Report on lock hospitals in British Burma
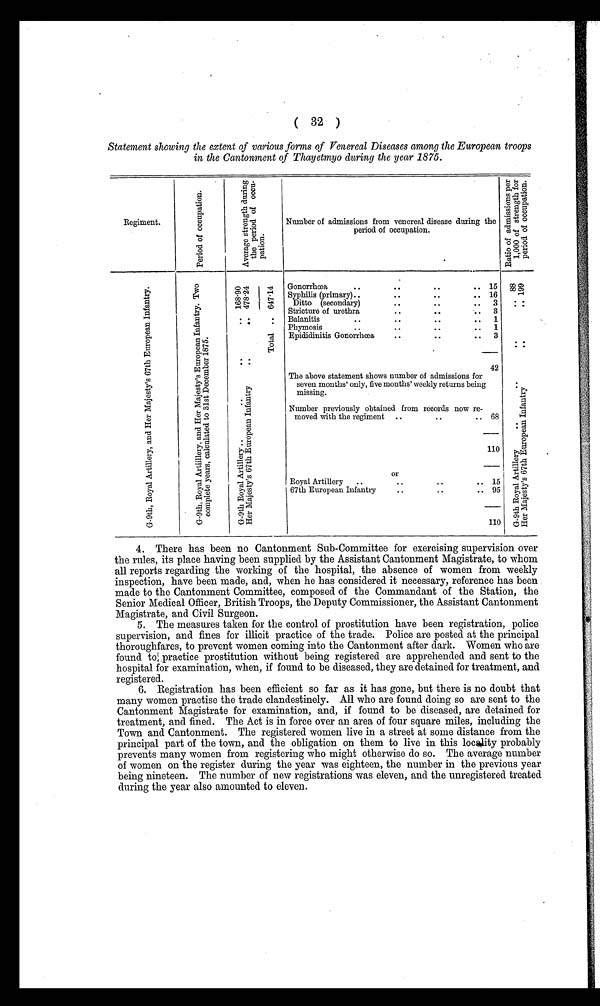
( 32 )
Statement showing the extent of various forms of Venereal Diseases among the European troops
in the Cantonment of Thayetmyo during the year 1875.
Regiment.
P e r i i o d o f o c c u p a t i o n .
A v e r a g e s t r o n g t h d u r i n g t h e p e r i o d o f o c c u - p a t i o n .
Number of admissions from venereal disease during the
period of occupation.
R a t i o o f a d m i s s i o n s p e r 1 , 0 0 0 o f s t r e n g t h f o r p e r i o d o f o c c u p a t i o n .
G - 9 t h , R o y a l A r t i l l e y , a n d H e r M a j e s t y ' s 6 7 t h E u r o p e a n I n f a n t r y . G - 9 t h , R o y a l A r t i i l l e y , a n d H e r M a j e s t y ' s E u r o p e a n I n f a n t r y . T w o c o m p l e t e y e a r s , c a l c u l a t e d t o 3 1 s t D e c e m b e r 1 8 7 5 .
Gonorrhœa
..
. .
. .
.. 15
G - 9 t h R o y a l A r i t l l e r y . . . . . . . . 8 8
H e r M a j e s t y ' s 6 7 t h E u r o p e a n I n f a n t y . . 1 9 9
Syphilis (primary) ..
...
. . .
.. 16
Ditto (secondary)
..
. . .
.. 3
Stricture ure of urethra
. .
. .
.. 3
Balanitis
..
. .
. .
.. 1
Phymosis
..
. .
. . ..
1
Epididinitis Gonorrhœa
..
..
.. 3
G - 9 t h R o y a l A r t i l l e y . . . . . . . . 1 6 8 . 9 0
H e r M a j e s t y ' s 6 7 t h E u r o p e a n I n f a n t r y . . . . . . 4 7 8 . 2 4 T o t a l . . 6 4 7 . 1 4
42
The above statement shows number of admissions for
seven months' only, five months' weekly returns being
missing.
Number previously obtained from records now re-
moved with the regiment ..
..
.. 68
110
Royal Artillery
.
67th European Infantry
o r
..
. .
..
. .
15 9 5
110
4. There has been no Cantonment Sub-Committee for exercising supervision over
the rules, its place having been supplied by the Assistant Cantonment Magistrate, to whom
all reports regarding the working of the hospital, the absence of women from weekly
inspection, have been made, and, when he has considered it necessary, reference has been
made to the Cantonment Committee, composed of the Commandant of the Station, the
Senior Medical Officer, British Troops, the Deputy Commissioner, the Assistant Cantonment
Magistrate, and Civil Surgeon.
5. The measures taken for the control of prostitution have been registration, police
supervision, and fines for illicit practice of the trade. Police are posted at the principal
thoroughfares, to prevent women coming into the Cantonment after dark. Women who are
found to practice prostitution without being registered are apprehended and sent to the
hospital for examination, when, if found to be diseased, they are detained for treatment, and
registered.
6. Registration has been efficient so far as it has gone, but there is no doubt that
many women practise the trade clandestinely. All who are found doing so are sent to the
Cantonment Magistrate for examination, and, if found to be diseased, are detained for
treatment, and fined. The Act is in force over an area of four square miles, including the
Town and Cantonment. The registered women live in a street at some distance from the
principal part of the town, and the obligation on them to live in this locality probably
prevents many women from registering who might otherwise do so. The average number
of women on the register during the year was eighteen, the number in the previous year
being nineteen. The number of new registrations was eleven, and the unregistered treated
during the year also amounted to eleven.